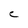
Character: C